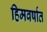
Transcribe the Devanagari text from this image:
हिमवर्षात